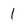
Character: l